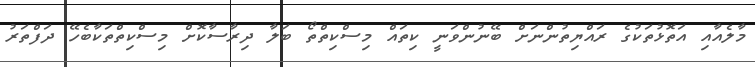
މާލެއާއި އަތޮޅުތަކުގެ ރައްޔިތުންނަށް ބޭނުންވަނީ ކިތައް މިސްކިތްތޯ ބަލާ ދިރާސާކޮށް މިސްކިތްތަކާބެހޭ ދަފްތަރު